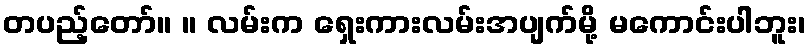
တပည့်တော်။ ။ လမ်းက ရှေးကားလမ်းအပျက်မို့ မကောင်းပါဘူး၊